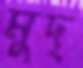
মুদ্